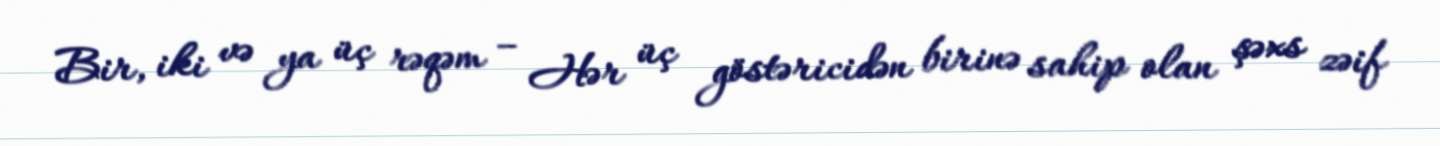
Bir, iki və ya üç rəqəm – Hər üç göstəricidən birinə sahip olan şəxs zəif